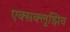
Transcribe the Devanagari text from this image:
एक्सक्लुझिव